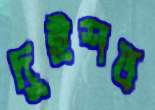
দুইশত